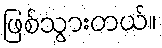
ဖြစ်သွားတယ်။